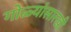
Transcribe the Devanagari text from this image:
गोळ्यांसारखी